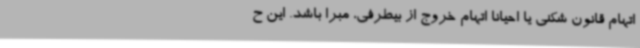
اتهام قانون شکنی یا احیانا اتهام خروج از بیطرفی، مبرا باشد. این ح